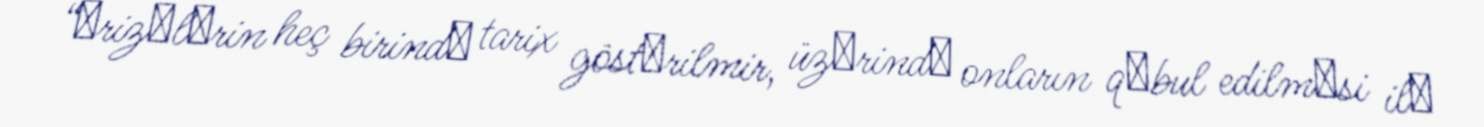
“Әrizәlәrin heç birindә tarix göstәrilmir, üzәrindә onların qәbul edilmәsi ilә